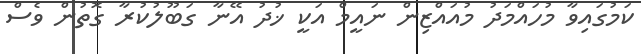
ކަމުގައިވާ މުހައްމަދު މުއައްޒިން ނައީމް އަކީ ޚުދު އޭނާ ގަބޫލުކުރާ ގޮތުން ވެސް